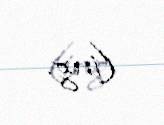
(ing.